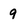
Character: 9